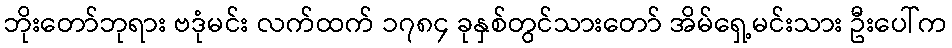
ဘိုးတော်ဘုရား ဗဒုံမင်း လက်ထက် ၁၇၈၄ ခုနှစ်တွင်သားတော် အိမ်ရှေ့မင်းသား ဦးပေါ်က